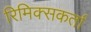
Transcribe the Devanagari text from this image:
रिमिक्सकर्ता